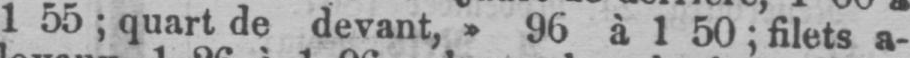
1 55; quart de devant,» 96 à 1 50; filets a-